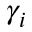
\gamma _ { i }